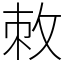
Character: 敇